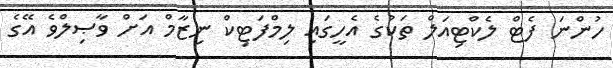
ހުންނަ ފެޓް ލެކްޓިއަލް ތަކުގެ އެހީގައި ލިމްފަޓިކް ނިޒާމް އަށް ވާޞިލްވެ އޭގެ